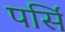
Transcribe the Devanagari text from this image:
पर्सि